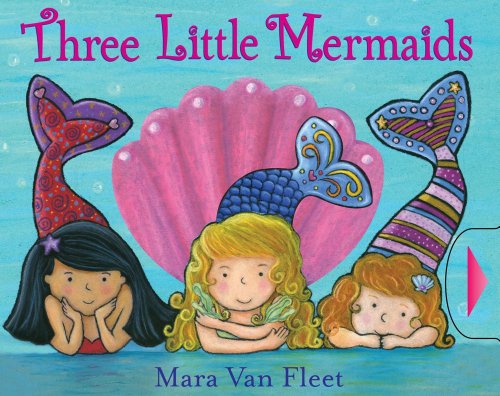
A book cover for Three Little Mermaids (Paula Wiseman Books); Mara Van Fleet; Children's Books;